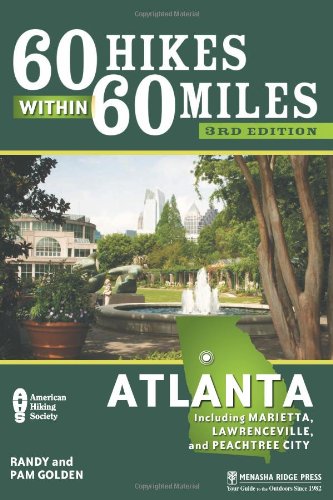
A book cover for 60 Hikes Within 60 Miles: Atlanta: Including Marietta, Lawrenceville, and Peachtree City; Pam Golden; Travel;